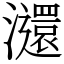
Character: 㶎